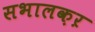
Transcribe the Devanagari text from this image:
सभालक़ऱ